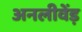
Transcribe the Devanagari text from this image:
अनलीवेंड़